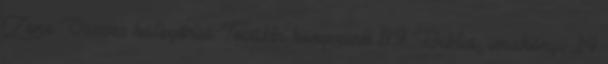
Zene Összes kategória További könyveink 89 Biblia, imakönyv 14